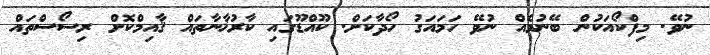
ނުވޭ. މިފްކޯއަކުން ބޭނުމެއް ނުވޭ ހަމައަގު ހޯދާކަށް. ކޫއްޑޫގައި ކާރުޚާނާތައް ޤާއިމްކޮށް ރިސޯސްތައް